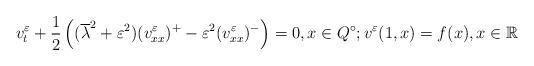
LaTeX: \begin{align*} v^\varepsilon_t+\frac{1}{2}\left((\overline\lambda^2+\varepsilon^2) (v^\varepsilon_{xx})^+-\varepsilon^2 (v^\varepsilon_{xx})^- \right)=0,x\in Q^\circ; v^\varepsilon(1,x)=f(x),x\in\mathbb R\end{align*}